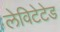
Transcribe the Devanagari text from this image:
लेविटेटेड